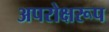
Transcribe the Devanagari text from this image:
अपरोक्षरूप